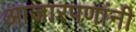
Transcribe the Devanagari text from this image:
आजारपणांनी